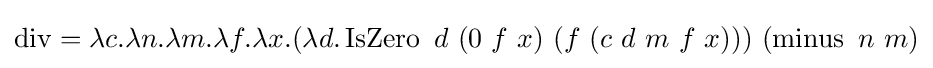
\operatorname {div} =\lambda c.\lambda n.\lambda m.\lambda f.\lambda x.(\lambda d.\operatorname {IsZero} \ d\ (0\ f\ x)\ (f\ (c\ d\ m\ f\ x)))\ (\operatorname {minus} \ n\ m)